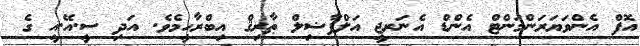
އޮފް އެންވަޔަރަންމަންޓް އެންޑް އެނަރޖީ އަލްފާޟިލް ޠާރިޤް އިބްރާހީމެވެ. އަދި ސީ.އޭ.އީ ގެ